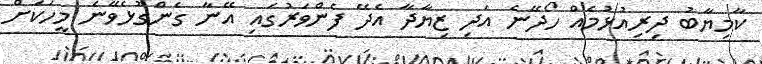
ކާމިޔާބު ދިރިއުޅުމެއް ހޯދޭނެ އަދި ޒިޔާދާ އެދޭ ފެންވަރުގައި އޭނާ ގެންގުޅެވޭނެ މީހަކަށް